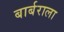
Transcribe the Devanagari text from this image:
बार्बराला